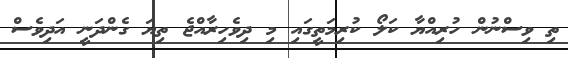
ތި ވިސްނުން ހުރިއްޔާ ކަލޯ ކުރިމަތީގައި މި ދިވެހިރާއްޖެ ތިޔަ ގެންދަނީ އަދިވެސް